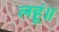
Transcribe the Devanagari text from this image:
लहूं॥